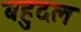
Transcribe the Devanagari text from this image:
बहुदल